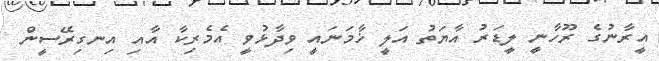
އީރާނުގެ ރޫހާނީ ލީޑަރު އާޔަތު އަލީ ޚާމަނައީ ވިދާޅުވީ އެމެރިކާ އާއި އިނގިރޭސީން